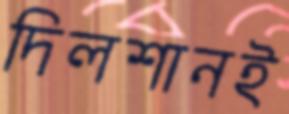
দিলশানই